Vital statistics of India. Vol. V, Reports of 1876 on armies & jails and on epidemic cholera
Year: 1876
Disease focus: Cholera
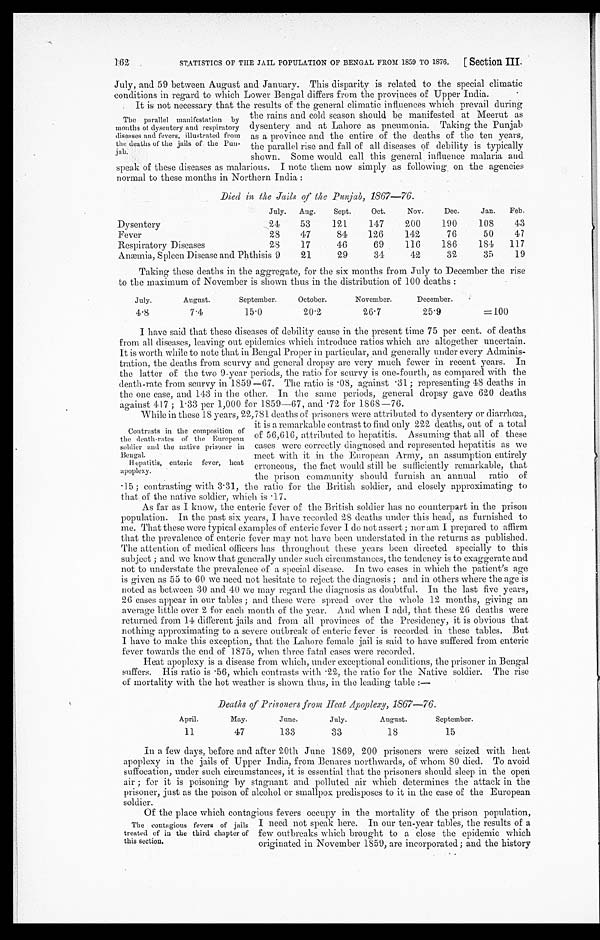
STATISTICS OF THE JAIL POPULATION OF BENGAL FROM 1859 TO 1876. [Section III.
162
July, and 59 between August and January. This disparity is related to the special climatic
conditions in regard to which Lower Bengal differs from the provinces of Upper India.
It is not necessary that the results of the general climatic influences which prevail during
the rains and cold season should be manifested at Meerut as
dysentery and at Lahore as pneumonia. Taking the Punjab
as a province and the entire of the deaths of the ten years,
the parallel rise and fall of all diseases of debility is typically
shown. Some would call this general influence malaria and
speak of these diseases as malarious. I note them now simply as following on the agencies
normal to these months in Northern India:
Died in the Jails of the Punjab, 1867—76.
July. Aug. Sept.
Oct.
Nov.
Dec.
Jan. Feb.
Dysentery
24
53
121
147
200
190
108
43
Fever
28
47
84
126
142
76
50
47
Respiratory Diseases
28
17
46
69
116
186
184 117
Anæmia, Spleen Disease and Phthisis 9
21
29
34
42
32
35
19
Taking these deaths in the aggregate, for the six months from July to December the rise
to the maximum of November is shown thus in the distribution of 100 deaths:
July.
August.
September.
October.
November.
December.
4.8
7.4
15.0
20.2
26.7
25.9
=100
I have said that these diseases of debility cause in the present time 75 per cent. of deaths
from all diseases, leaving out epidemics which introduce ratios which are altogether uncertain.
It is worth while to note that in Bengal Proper in particular, and generally under every Adminis
- t r a t i o n , t h e d e a t h s f r o m s c u r v y a n d g e n e r a l d r o p s y a r e v e r y m u c h f e w e r i n r e c e n t y e a r s . I n
the latter of the two 9-year periods, the ratio for scurvy is one-fourth, as compared with the
death-rate from scurvy in 1859—67. The ratio is .08, against .31; representing 48 deaths in
the one case, and 143 in the other. In the same periods, general dropsy gave 620 deaths
against 447; 1.33 per 1,000 for 1859—67, and .72 for 1868—76.
While in these 18 years, 22,781 deaths of prisoners were attributed to dysentery or diarrhœa,
it is a remarkable contrast to find only 222 deaths, out of a total
of 56,616, attributed to hepatitis. Assuming that all of these
cases were correctly diagnosed and represented hepatitis as we
meet with it in the European Army, an assumption entirely
erroneous, the fact would still be sufficiently remarkable, that
the prison community should furnish an annual ratio of
. 1 5 ; c o n t r a s t i n g w i t h 3 . 3 1 , t h e r a t i o f o r t h e B r i t i s h s o l d i e r , a n d c l o s e l y a p p r o x i m a t i n g t o
that of the native soldier, which is .17.
As far as I know, the enteric fever of the British soldier has no counterpart in the prison
population. In the past six years, I have recorded 28 deaths under this head, as furnished to
me. That these were typical examples of enteric fever I do not assert; nor am I prepared to affirm
that the prevalence of enteric fever may not have been understated in the returns as published.
The attention of medical officers has throughout these years been directed specially to this
subject; and we know that generally under such circumstances, the tendency is to exaggerate and
not to understate the prevalence of a special disease. In two cases in which the patient's age
is given as 55 to 60 we need not hesitate to reject the diagnosis; and in others where the age is
noted as between 30 and 40 we may regard the diagnosis as doubtful. In the last five years,
26 cases appear in our tables; and these were spread over the whole 12 months, giving an
average little over 2 for each month of the year. And when I add, that these 26 deaths were
returned from 14 different jails and from all provinces of the Presidency, it is obvious that
nothing approximating to a severe outbreak of enteric fever is recorded in these tables. But
I have to make this exception, that the Lahore female jail is said to have suffered from enteric
fever towards the end of 1875, when three fatal cases were recorded.
Heat apoplexy is a disease from which, under exceptional conditions, the prisoner in Bengal
suffers. His ratio is .56, which contrasts with .22, the ratio for the Native soldier. The rise
of mortality with the hot weather is shown thus, in the leading table:—
Deaths of Prisoners from Heat Apoplexy, 1867—76.
April.
May.
June.
July.
August.
September.
11
47
133
33
18
15
In a few days, before and after 20th June 1869, 200 prisoners were seized with heat
apoplexy in the jails of Upper India, from Benares northwards, of whom 80 died. To avoid
suffocation, under such circumstances, it is essential that the prisoners should sleep in the open
air; for it is poisoning by stagnant and polluted air which determines the attack in the
prisoner, just as the poison of alcohol or smallpox predisposes to it in the case of the European
soldier.
Of the place which contagious fevers occupy in the mortality of the prison population,
I need not speak here. In our ten-year tables, the results of a
few outbreaks which brought to a close the epidemic which
originated in November 1859, are incorporated; and the history
The parallel manifestation by
months of dysentery and respiratory
diseases and fevers, illustrated from
the deaths of the jails of the Pun
- j a b .
Contrasts in the composition of
the death-rates of the European
soldier and the native prisoner in
B e n g a l .
Hepatitis, enteric fever, heat
apoplexy.
The contagious fevers of jails
treated of in the third chapter of
this section.